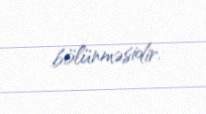
bölünməsidir.